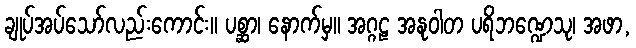
ချုပ်အပ်သော်လည်းကောင်း။ ပစ္ဆာ၊ နောက်မှ။ အဂ္ဂဠ အနုဝါတ ပရိဘဏ္ဍေသု၊ အဖာ,